Report on malaria in the Punjab during the year ...  together with an account of the work of the Punjab Malaria Bureau - Volume 4
Disease focus: Malaria
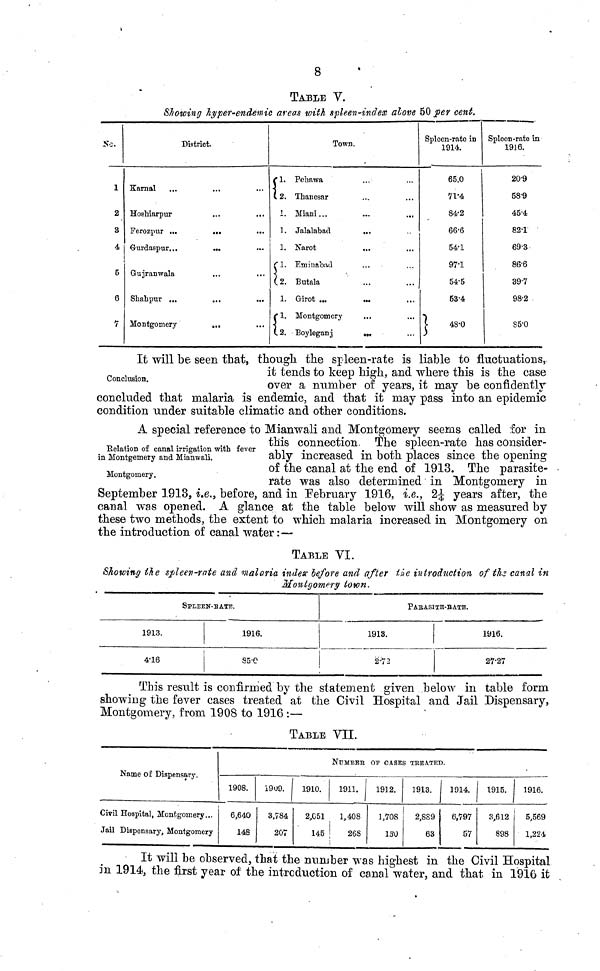
8
TABLE V.
Showing hyper-endemic areas with spleen-index above 50 per cent.
No.
1
2
3
4
5
6
7
District.
Karnal
Hoshiarpur
Ferozpur ...
...
...
Gurdaspur...
...
•••
Gujranwala
Shahpur ...
...
...
Montgomery
...
1.
i,
1
1.
1.
1.
2.
1.
1.
1,
Town.
Pehawa
Thanesar
Miani...
Jalalabad
,.,
Narot
...
Eminabad
Butala
Girot ...
...
Montgomery
Boyleganj
...
Spleen-rate in
1914.
}
65.0
71·4
84·2
66·6
54·1
97·1
54·5
53·4
48·0
Spleen-rate in
1916.
20·9
58·9
45·4
82·1
69·3
86·6
39·7
98·2
85·0
Conclusion.
It will be seen that, though the spleen-rate is liable to fluctuations,
it tends to keep high, and where this is the case
over a number of years, it may be confidently
concluded that malaria is endemic, and that it may pass into an epidemic
condition under suitable climatic and other conditions.
Relation of canal irrigation with fever
in Montgemery and Mianwali.
Montgomery.
A special reference to Mianwali and Montgomery seems called for in
this connection, The spleen-rate has consider-
ably increased in both places since the opening
of the canal at the end of 1913. The parasite-
rate was also determined in Montgomery in
September 1913, i.e., before, and in February 1916, i.e., 2 1/4 years after, the
canal was opened. A glance at the table below will show as measured by
these two methods, the extent to which malaria increased in Montgomery on
the introduction of canal water : —
TABLE VI.
Showing the spleen-rate and malaria index before and after the introduction of the canal in
Montgomery town.
1913.
4·16
SPLEEN-RATE.
1916.
85·0
1913.
2·72
PARASITE-RATE.
1916.
27·27
This result is confirmed by the statement given below in table form
showing the fever cases treated at the Civil Hospital and Jail Dispensary,
Montgomery, from 1908 to 1916 :—
TABLE VII.
Name of Dispensary.
Civil Hospital, Montgomery...
Jail Dispensary, Montgomery
1908.
6,640
148
1909.
3,784
207
1910.
2,G51
145
NUMBER
1911.
1,408
268
OF CASES TREATED.
1912.
1,708
130
1913.
2,889
63
1914.
6,797
57
1915.
3,612
898
1916.
5,569
1,224
It will be observed, that the number was highest in the Civil Hospital
in 1914, the first year of the introduction of canal water, and that in 1916 it